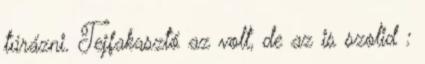
túrázni. Tejfakasztó az volt, de az is szolid :